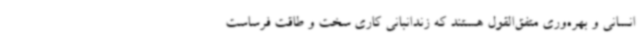
انسانی و بهره‌وری متفق‌القول هستند که زندانبانی کاری سخت و طاقت فرساست